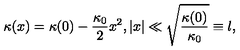
\kappa ( x ) = \kappa ( 0 ) - \frac { \kappa _ { 0 } } { 2 } x ^ { 2 } , | x | \ll \sqrt { \frac { \kappa ( 0 ) } { \kappa _ { 0 } } } \equiv l ,